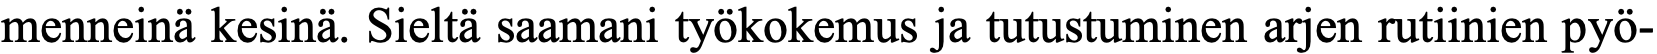
menneinä kesinä. Sieltä saamani työkokemus ja tutustuminen arjen rutiinien pyö-